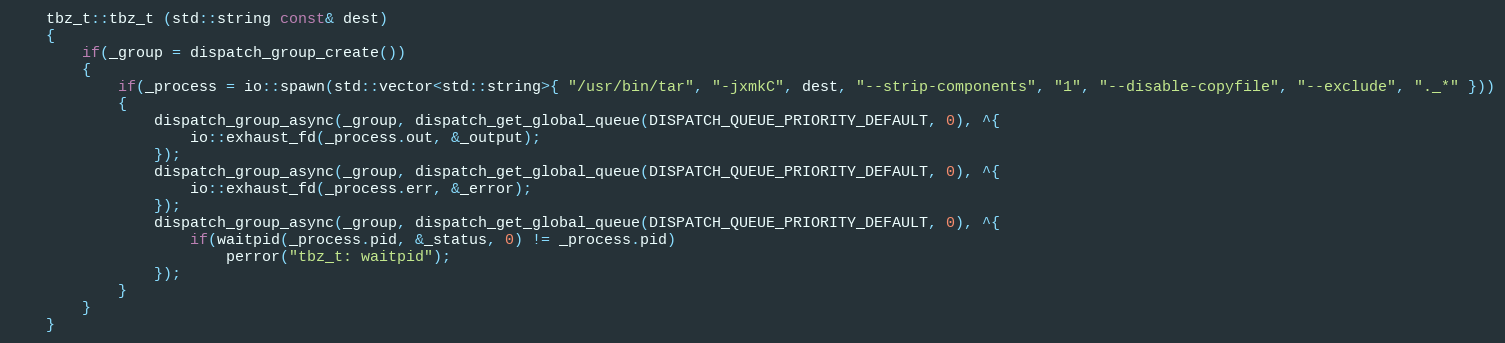
Language: C++
	tbz_t::tbz_t (std::string const& dest)
	{
		if(_group = dispatch_group_create())
		{
			if(_process = io::spawn(std::vector<std::string>{ "/usr/bin/tar", "-jxmkC", dest, "--strip-components", "1", "--disable-copyfile", "--exclude", "._*" }))
			{
				dispatch_group_async(_group, dispatch_get_global_queue(DISPATCH_QUEUE_PRIORITY_DEFAULT, 0), ^{
					io::exhaust_fd(_process.out, &_output);
				});
				dispatch_group_async(_group, dispatch_get_global_queue(DISPATCH_QUEUE_PRIORITY_DEFAULT, 0), ^{
					io::exhaust_fd(_process.err, &_error);
				});
				dispatch_group_async(_group, dispatch_get_global_queue(DISPATCH_QUEUE_PRIORITY_DEFAULT, 0), ^{
					if(waitpid(_process.pid, &_status, 0) != _process.pid)
						perror("tbz_t: waitpid");
				});
			}
		}
	}